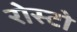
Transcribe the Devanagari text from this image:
रोस्टो